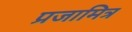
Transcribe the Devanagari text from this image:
प्रजामित्र